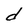
Character: d